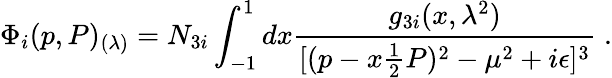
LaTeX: \Phi_{i}(p,P)_{(\lambda)}=N_{3i}\int_{-1}^{1}dx{\frac{g_{3i}(x,\lambda^{2})}{[(p-x{\frac{1}{2}}P)^{2}-\mu^{2}+i\epsilon]^{3}}}\; .